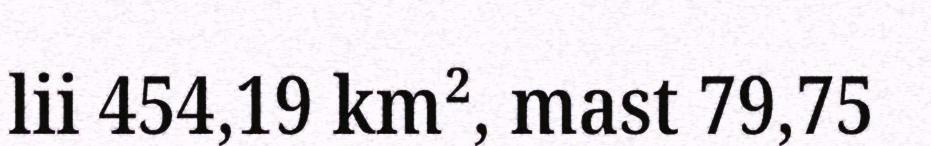
lii 454,19 km², mast 79,75